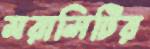
মরালিটির